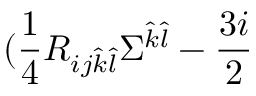
( \frac { 1 } { 4 } R _ { i j \hat { k } \hat { l } } \Sigma ^ { \hat { k } \hat { l } } - \frac { 3 i } { 2 }